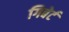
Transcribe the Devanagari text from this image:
गिबेर्ट